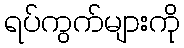
ရပ်ကွက်များကို